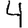
Digit: 4